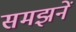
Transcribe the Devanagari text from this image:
समझनें